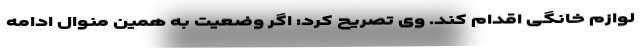
لوازم خانگی اقدام کند. وی تصریح کرد: اگر وضعیت به همین منوال ادامه